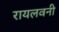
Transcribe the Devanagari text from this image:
रायलवनी